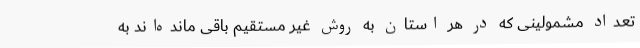
تعداد مشمولینی که در هر استان به روش غیر مستقیم باقی مانده‌اند به